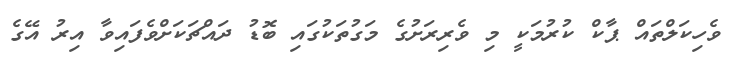
ވެހިކަލްތައް ޕާކް ކުރުމަކީ މި ވެރިރަށުގެ މަގުތަކުގައި ބޮޑު ދައްޗަކަށްވެފައިވާ އިރު އޭގެ